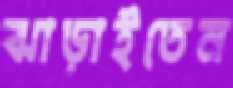
ঝাড়াইতেন